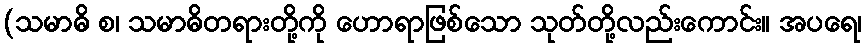
(သမာဓိ စ၊ သမာဓိတရားတို့ကို ဟောရာဖြစ်သော သုတ်တို့လည်းကောင်း။ အပရေ၊